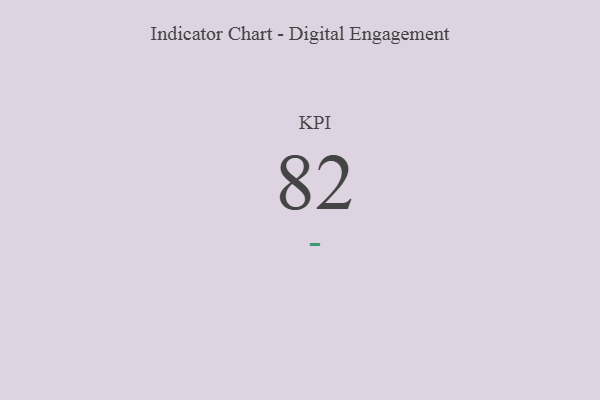
{"axis": {"x": "KPI", "y": "Value"}, "legend": [""], "data": [{"x": "KPI", "y": 82, "type": ""}]}